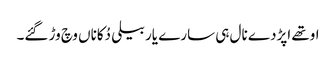
اوتھے اپڑدے نال ہی سارے یار بیلی دُکاناں وچ وڑ گئے۔